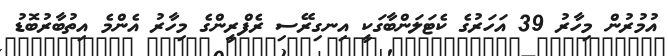
އުމުރުން މިހާރު 39 އަހަރުގެ ކެޓަލަންބާގަކީ އިނގިރޭސި ރެފްރީންގެ މިހާާރު އެންމެ އިތުބާރުބޮޑު